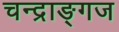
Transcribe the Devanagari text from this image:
चन्द्राङ्गज